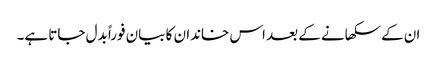
ان کے سکھانے کے بعد اس خاندان کا بیان فوراً بدل جاتا ہے۔